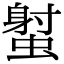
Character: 𧎭